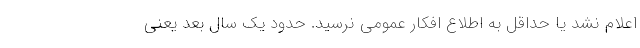
اعلام نشد یا حداقل به اطلاع افکار عمومی نرسید. حدود یک سال بعد یعنی